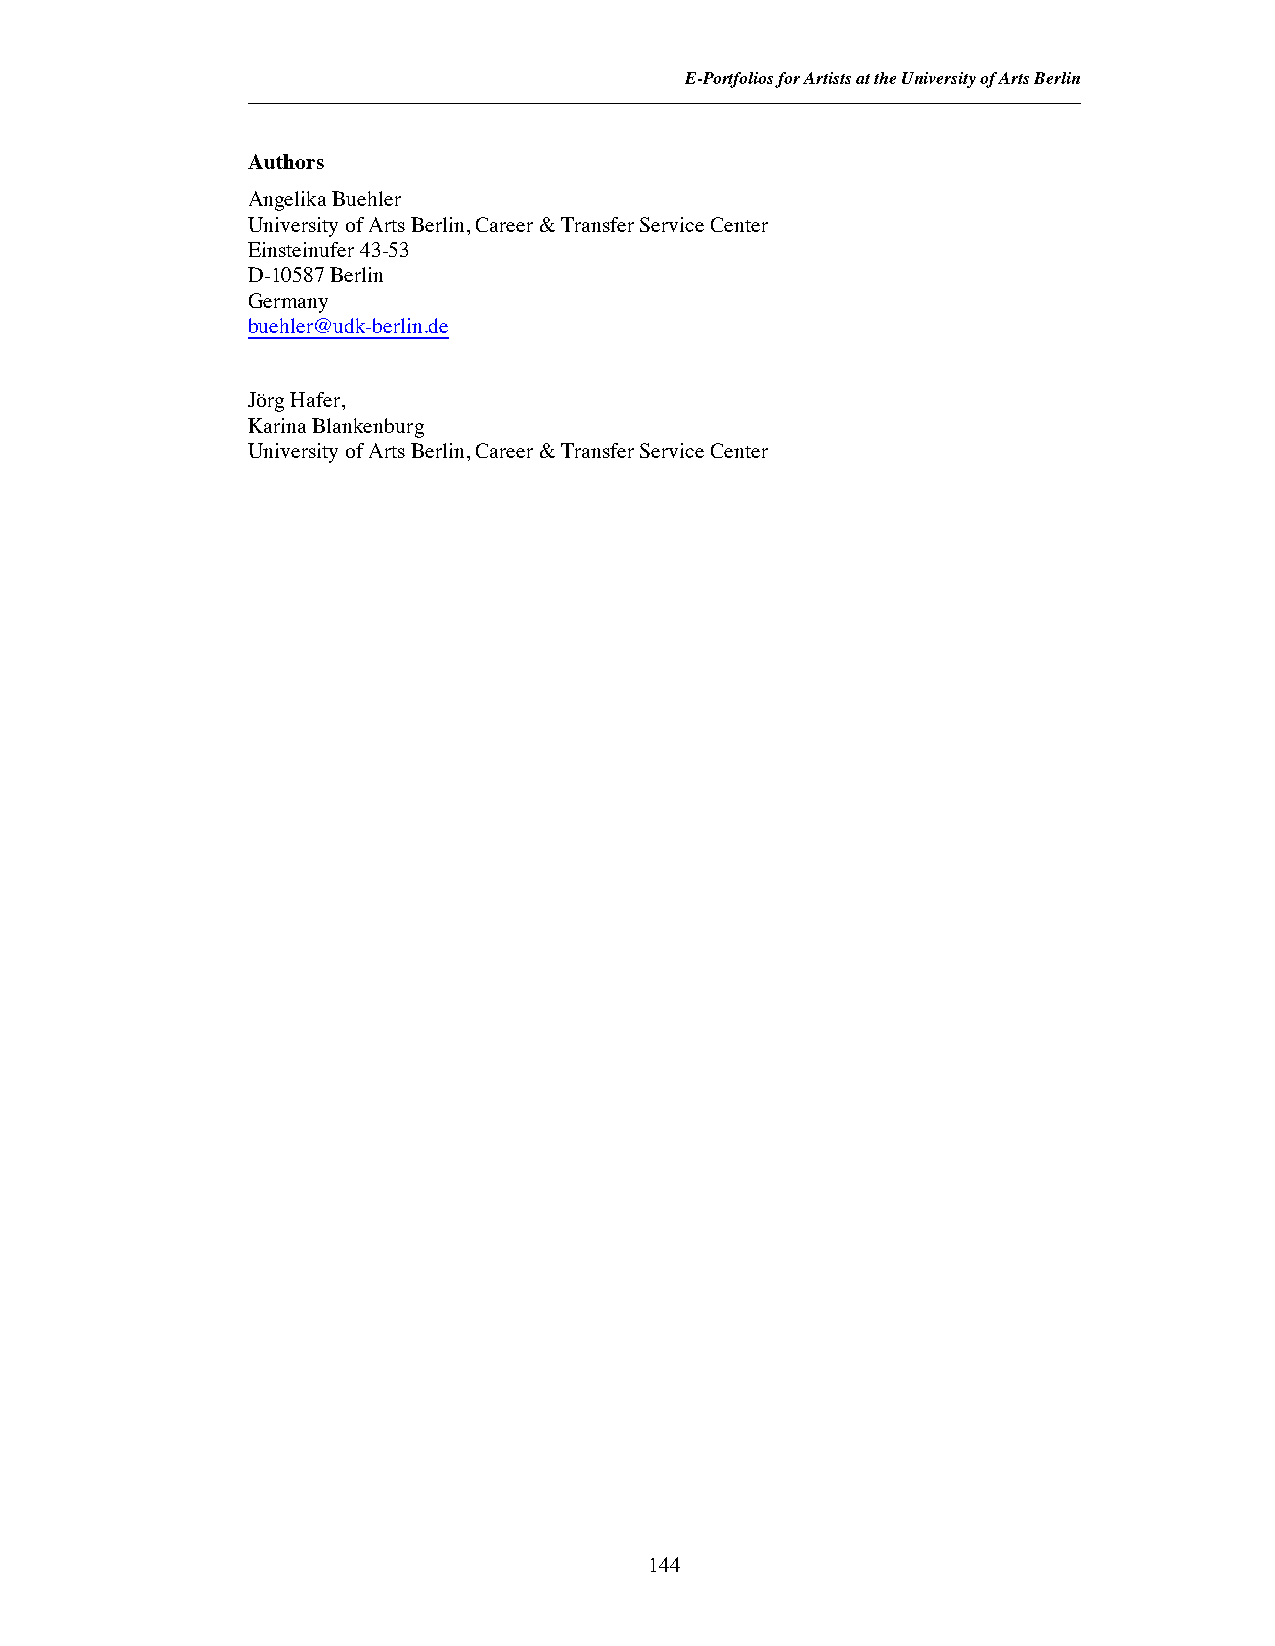
E-Portfolios for Artists at the University of Arts Berlin
 Authors
 Angelika Buehler
 University of Arts Berlin, Career & Transfer Service Center
 Einsteinufer 43-53
 D-10587 Berlin
 Germany
 buehler@udk-berlin.de
 Jörg Hafer,
 Karina Blankenburg
 University of Arts Berlin, Career & Transfer Service Center
 144